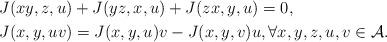
LaTeX: \begin{align*}J(xy, z, u)&+ J(yz, x, u) + J(zx, y, u) = 0, \\ J(x, y, uv)&= J(x, y, u)v - J(x, y, v)u , \forall x, y, z, u, v \in \mathcal{A}.\end{align*}